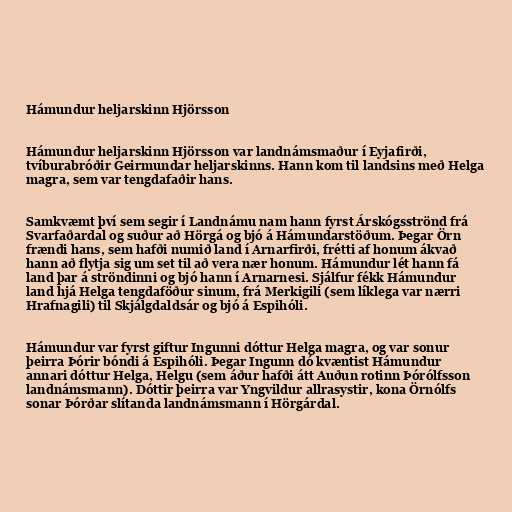
Hámundur heljarskinn Hjörsson

Hámundur heljarskinn Hjörsson var landnámsmaður í Eyjafirði,
tvíburabróðir Geirmundar heljarskinns. Hann kom til landsins með Helga
magra, sem var tengdafaðir hans.

Samkvæmt því sem segir í Landnámu nam hann fyrst Árskógsströnd frá
Svarfaðardal og suður að Hörgá og bjó á Hámundarstöðum. Þegar Örn
frændi hans, sem hafði numið land í Arnarfirði, frétti af honum ákvað
hann að flytja sig um set til að vera nær honum. Hámundur lét hann fá
land þar á ströndinni og bjó hann í Arnarnesi. Sjálfur fékk Hámundur
land hjá Helga tengdaföður sinum, frá Merkigili (sem líklega var nærri
Hrafnagili) til Skjálgdaldsár og bjó á Espihóli.

Hámundur var fyrst giftur Ingunni dóttur Helga magra, og var sonur
þeirra Þórir bóndi á Espihóli. Þegar Ingunn dó kvæntist Hámundur
annari dóttur Helga, Helgu (sem áður hafði átt Auðun rotinn Þórólfsson
landnámsmann). Dóttir þeirra var Yngvildur allrasystir, kona Örnólfs
sonar Þórðar slítanda landnámsmann í Hörgárdal.